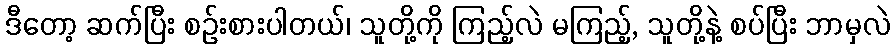
ဒီတော့ ဆက်ပြီး စဉ်းစားပါတယ်၊ သူတို့ကို ကြည့်လဲ မကြည့်, သူတို့နဲ့ စပ်ပြီး ဘာမှလဲ